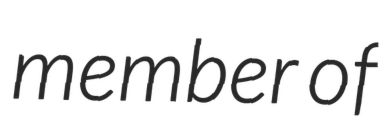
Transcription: member of